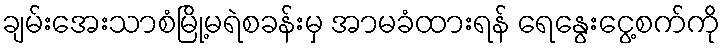
ချမ်းအေးသာစံမြို့မရဲစခန်းမှ အာမခံထားရန် ရေနွေးငွေ့စက်ကို